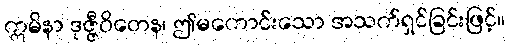
ဣမိနာ ဒုဇ္ဇီဝိတေန၊ ဤမကောင်းသော အသက်ရှင်ခြင်းဖြင့်။